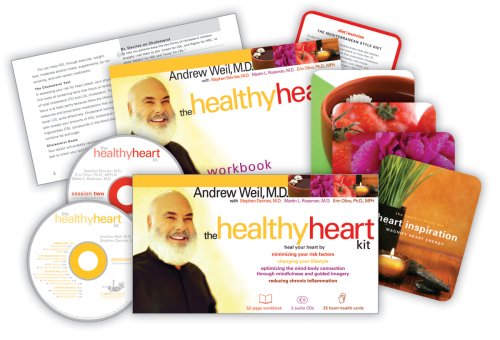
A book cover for The Healthy Heart Kit; Andrew Weil; Medical Books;